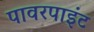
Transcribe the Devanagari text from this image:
पावरपाइंट